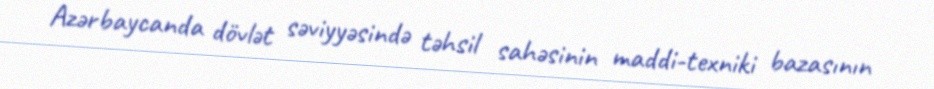
Azərbaycanda dövlət səviyyəsində təhsil sahəsinin maddi-texniki bazasının